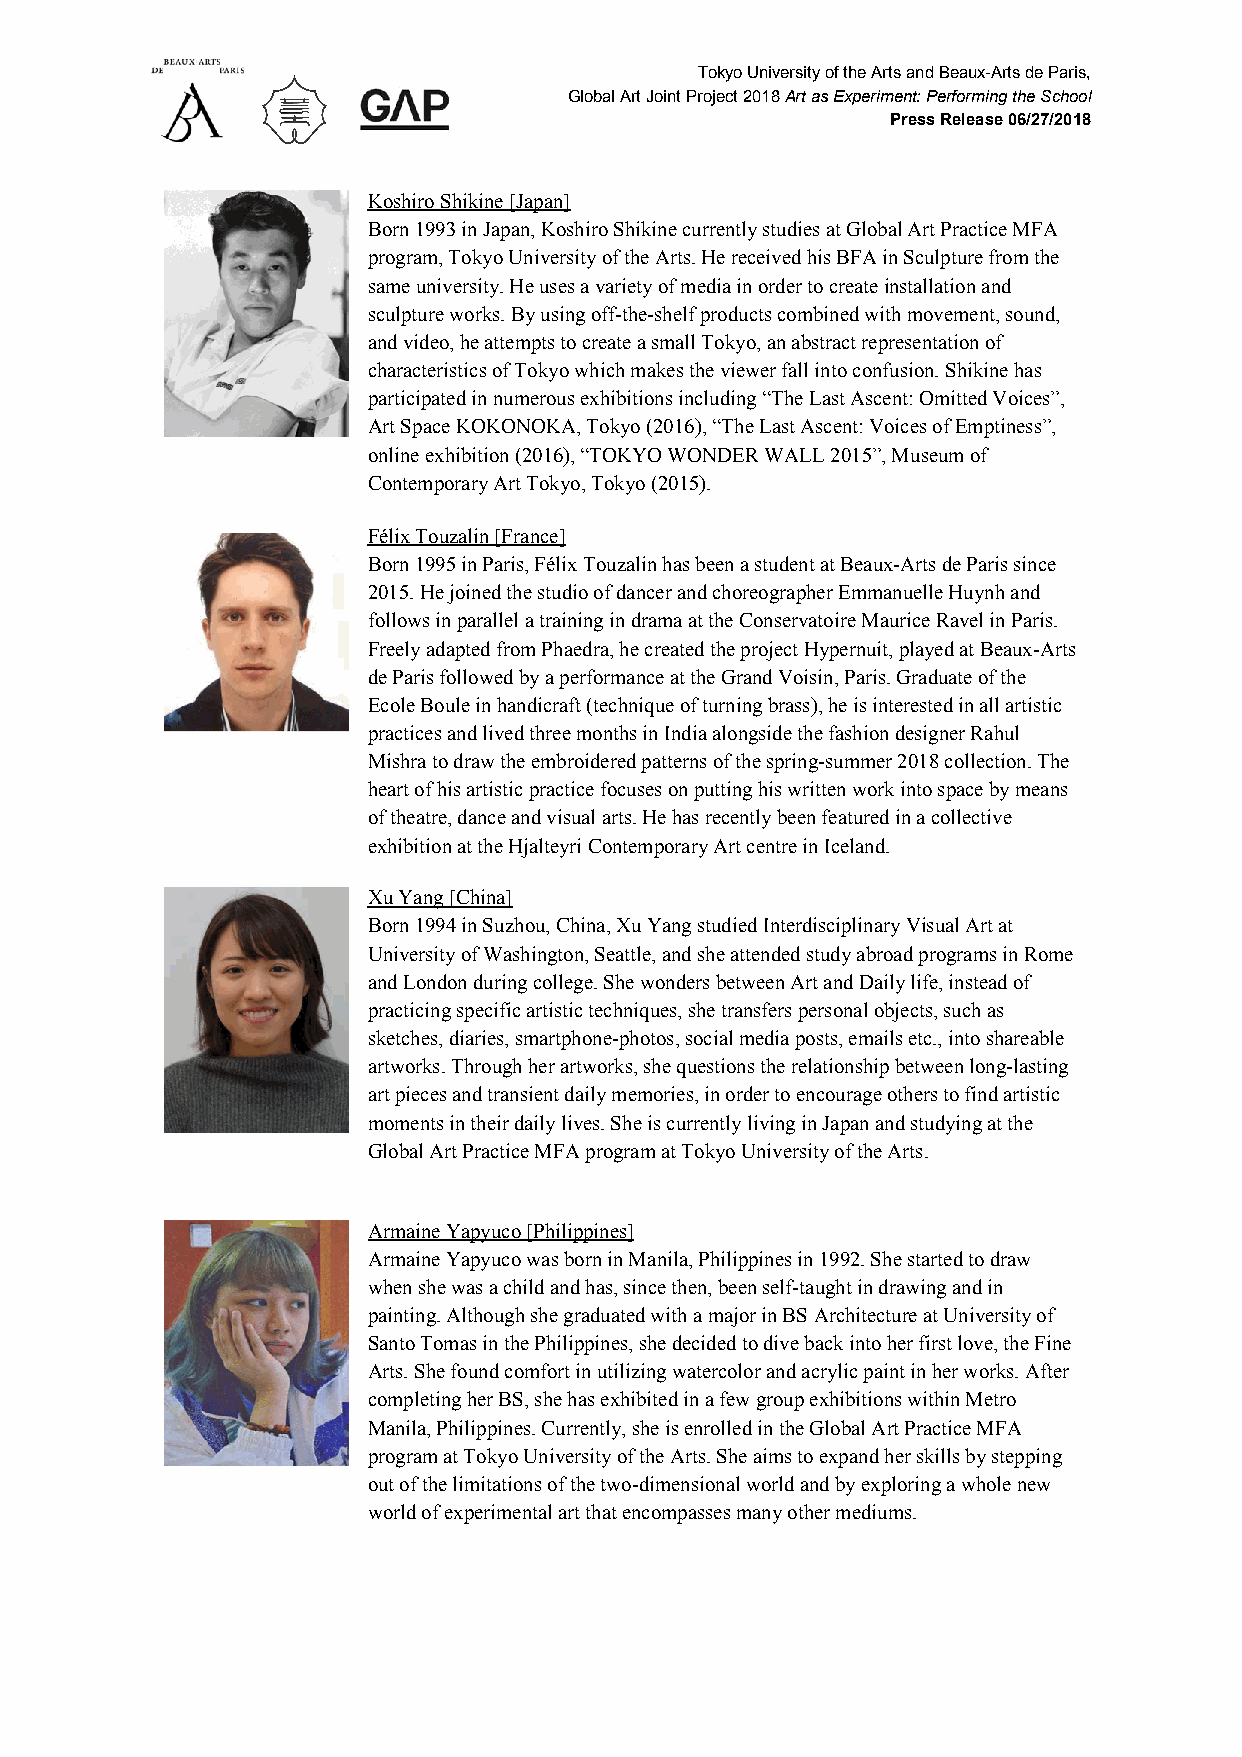
Tokyo University of the Arts and Beaux-Arts de Paris,
 Global Art Joint Project 2018 Art as Experiment: Performing the School
 ​
 Press Release 06/27/2018
 Koshiro Shikine [Japan]
 Born 1993 in Japan, Koshiro Shikine currently studies at Global Art Practice MFA
 program, Tokyo University of the Arts. He received his BFA in Sculpture from the
 same university. He uses a variety of media in order to create installation and
 sculpture works. By using off-the-shelf products combined with movement, sound,
 and video, he attempts to create a small Tokyo, an abstract representation of
 characteristics of Tokyo which makes the viewer fall into confusion. Shikine has
 participated in numerous exhibitions including “The Last Ascent: Omitted Voices”,
 Art Space KOKONOKA, Tokyo (2016), “The Last Ascent: Voices of Emptiness”,
 online exhibition (2016), “TOKYO WONDER WALL 2015”, Museum of
 Contemporary Art Tokyo, Tokyo (2015).
 Félix Touzalin [France]
 Born 1995 in Paris, Félix Touzalin has been a student at Beaux-Arts de Paris since
 2015. He joined the studio of dancer and choreographer Emmanuelle Huynh and
 follows in parallel a training in drama at the Conservatoire Maurice Ravel in Paris.
 Freely adapted from Phaedra, he created the project Hypernuit, played at Beaux-Arts
 de Paris followed by a performance at the Grand Voisin, Paris. Graduate of the
 Ecole Boule in handicraft (technique of turning brass), he is interested in all artistic
 practices and lived three months in India alongside the fashion designer Rahul
 Mishra to draw the embroidered patterns of the spring-summer 2018 collection. The
 heart of his artistic practice focuses on putting his written work into space by means
 of theatre, dance and visual arts. He has recently been featured in a collective
 exhibition at the Hjalteyri Contemporary Art centre in Iceland.
 Xu Yang [China]
 Born 1994 in Suzhou, China, Xu Yang studied Interdisciplinary Visual Art at
 University of Washington, Seattle, and she attended study abroad programs in Rome
 and London during college. She wonders between Art and Daily life, instead of
 practicing specific artistic techniques, she transfers personal objects, such as
 sketches, diaries, smartphone-photos, social media posts, emails etc., into shareable
 artworks. Through her artworks, she questions the relationship between long-lasting
 art pieces and transient daily memories, in order to encourage others to find artistic
 moments in their daily lives. She is currently living in Japan and studying at the
 Global Art Practice MFA program at Tokyo University of the Arts.
 Armaine Yapyuco [Philippines]
 Armaine Yapyuco was born in Manila, Philippines in 1992. She started to draw
 when she was a child and has, since then, been self-taught in drawing and in
 painting. Although she graduated with a major in BS Architecture at University of
 Santo Tomas in the Philippines, she decided to dive back into her first love, the Fine
 Arts. She found comfort in utilizing watercolor and acrylic paint in her works. After
 completing her BS, she has exhibited in a few group exhibitions within Metro
 Manila, Philippines. Currently, she is enrolled in the Global Art Practice MFA
 program at Tokyo University of the Arts. She aims to expand her skills by stepping
 out of the limitations of the two-dimensional world and by exploring a whole new
 world of experimental art that encompasses many other mediums.